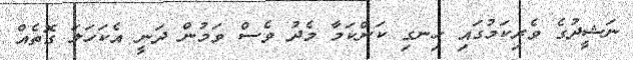
ނަޝީދުގެ ވެރިކަމުގައި ހިނގި ކަންކަމާ މެދު ވެސް ވަމުން ދަނީ އެކަހަލަ ގޮތެއް